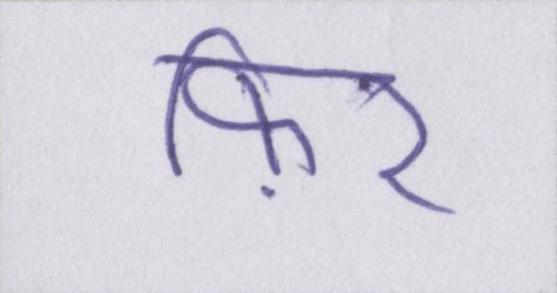
फ़िर